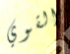
القوي